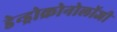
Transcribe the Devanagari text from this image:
डेन्ड्रोक्रोनोलॉजी